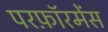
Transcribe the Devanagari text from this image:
परफ़ॉरमेंस